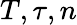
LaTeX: T,\tau,n